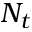
N _ { t }